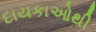
દાયકાઓથી